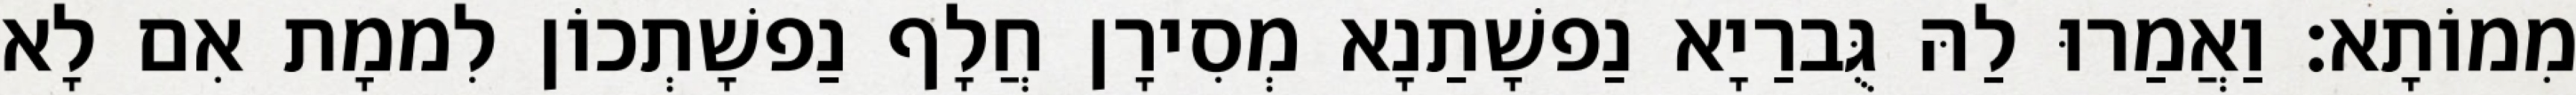
מִמוֹתָא׃ וַאֲמַרוּ לַהּ גֻּברַיָא נַפשָׁתַנָא מְסִירָן חֲלָף נַפשָׁתְכוֹן לִממָת אִם לָא